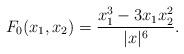
LaTeX: \begin{align*}F_0(x_1,x_2)=\frac{x_1^3-3x_1 x_2^2}{|x|^6}.\end{align*}